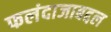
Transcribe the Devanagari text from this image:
फलंदाजाबद्दल